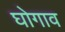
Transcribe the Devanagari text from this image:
घोगाव